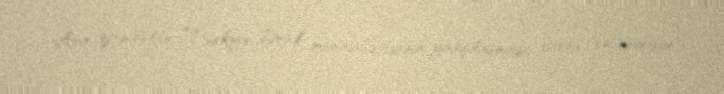
Axır zamanlar Türkiyə-İsrail münasibətlərinin yaxşılaşması, xarici və müdafiə